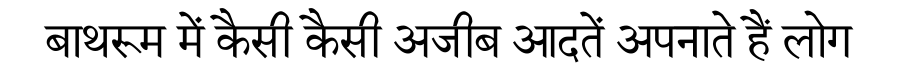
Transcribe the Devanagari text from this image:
बाथरूम में कैसी कैसी अजीब आदतें अपनाते हैं लोग